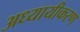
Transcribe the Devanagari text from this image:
अध्यायीकरण